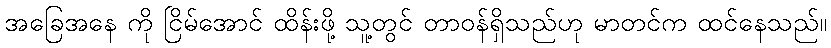
အခြေအနေ ကို ငြိမ်အောင် ထိန်းဖို့ သူ့တွင် တာဝန်ရှိသည်ဟု မာတင်က ထင်နေသည်။